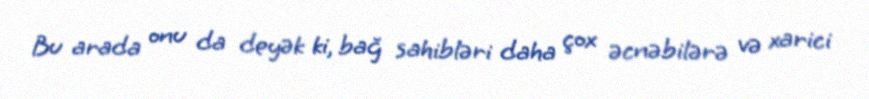
Bu arada onu da deyək ki, bağ sahibləri daha çox əcnəbilərə və xarici